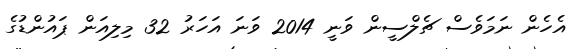
އެހެން ނަމަވެސް ޗެލްސީން ވަނީ 2014 ވަނަ އަހަރު 32 މިލިއަން ޕައުންޑުގެ